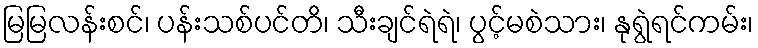
မြမြလန်းစင်၊ ပန်းသစ်ပင်တိ၊ သီးချင်ရဲရဲ၊ ပွင့်မစဲသား၊ နုရွဲရင်ကမ်း၊